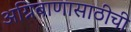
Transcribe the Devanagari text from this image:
अग्निबाणासाठीची